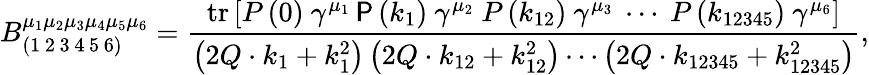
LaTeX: B_{\left(1\mathrm{\, 2\, 3\, 4\, 5\, 6}\right)}^{\mu_{1}\mu_{2}\mu_{3}\mu_{4}\mu_{5}\mu_{6}}=\frac{\mathrm{tr}\left[P\left(0\right)\ \gamma^{\mu_{1}}\P\left(k_{1}\right)\ \gamma^{\mu_{2}}\ P\left(k_{12}\right)\ \gamma^{\mu_{3}}\ \cdots\ P\left(k_{12345}\right)\ \gamma^{\mu_{6}}\right]}{\left(2Q\cdot k_{1}+k_{1}^{2}\right)\left(2Q\cdot k_{12}+k_{12}^{2}\right)\cdots\left(2Q\cdot k_{12345}+k_{12345}^{2}\right)},